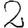
Digit: 2